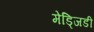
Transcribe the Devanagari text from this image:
मेड्जिडी